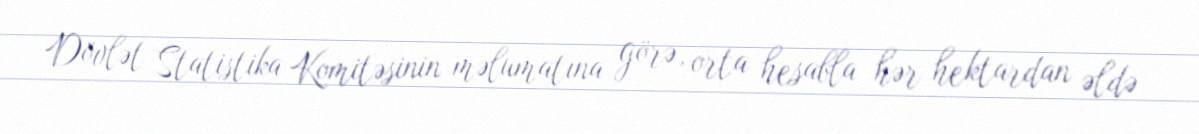
Dövlət Statistika Komitəsinin məlumatına görə, orta hesabla hər hektardan əldə